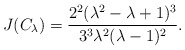
\begin{align*} J( C_{\lambda} ) = \frac{2^2 (\lambda^2 - \lambda + 1)^3}{3^3 \lambda^2 (\lambda - 1)^2} .\end{align*}